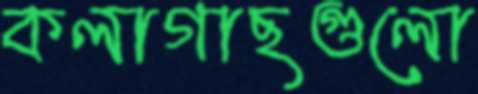
কলাগাছগুলো